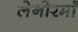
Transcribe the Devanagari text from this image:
लेनोरमाँ